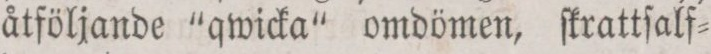
åtföljande “qwicka“ omdömen, ſkrattſalf=